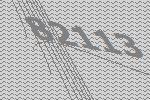
82113